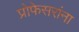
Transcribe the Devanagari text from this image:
प्रोफेसरांना